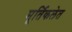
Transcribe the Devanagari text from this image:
मूर्तिकलेत